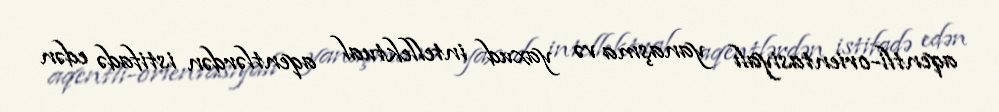
aqentli-orientasiyalı yanaşma və yaxud intellektual aqentlərdən istifadə edən